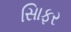
સાિફર